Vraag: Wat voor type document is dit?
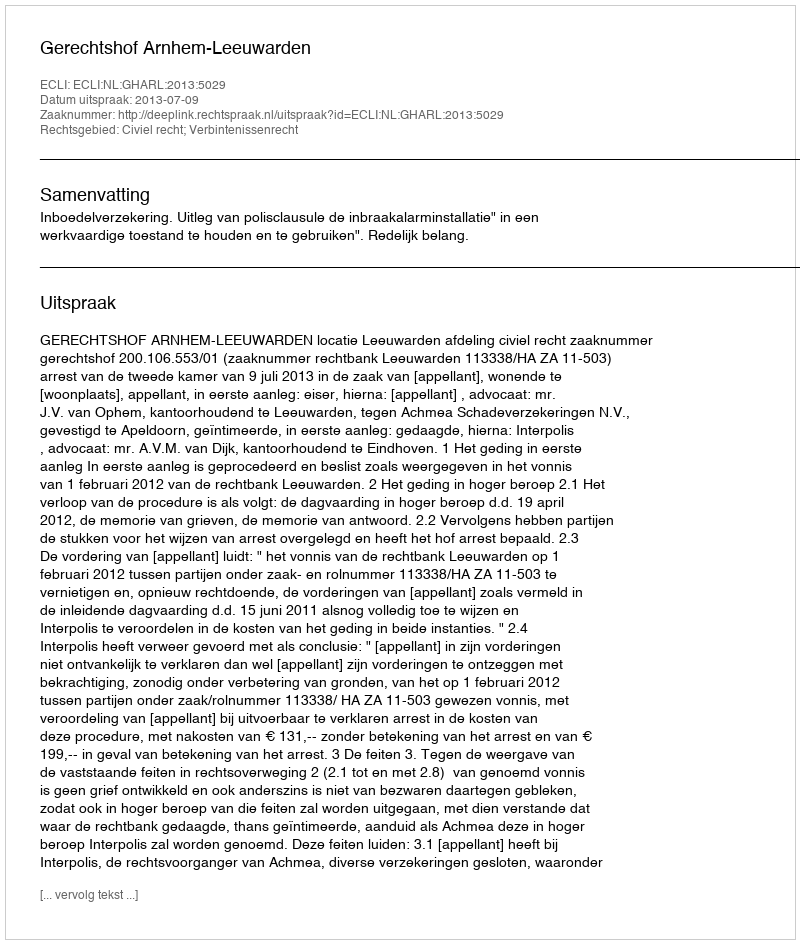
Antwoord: Uitspraak